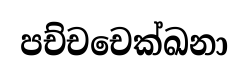
පච්චචෙක්ඛනා